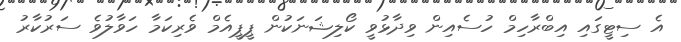
އެ ސިޓީގައި އިބްރާހިމް ހުސެއިން ވިދާޅުވީ ކޯލިޝަނަކުން ޕީޕީއެމް ވެރިކަމާ ހަވާލުވެ ސަރުކާރު